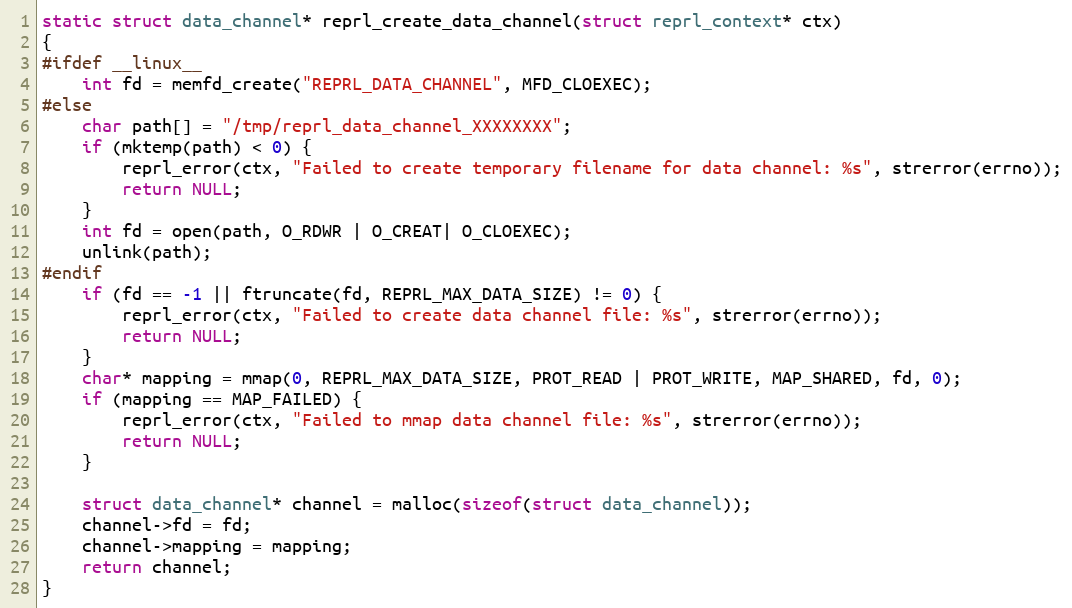
Language: C
static struct data_channel* reprl_create_data_channel(struct reprl_context* ctx)
{
#ifdef __linux__
    int fd = memfd_create("REPRL_DATA_CHANNEL", MFD_CLOEXEC);
#else
    char path[] = "/tmp/reprl_data_channel_XXXXXXXX";
    if (mktemp(path) < 0) {
        reprl_error(ctx, "Failed to create temporary filename for data channel: %s", strerror(errno));
        return NULL;
    }
    int fd = open(path, O_RDWR | O_CREAT| O_CLOEXEC);
    unlink(path);
#endif
    if (fd == -1 || ftruncate(fd, REPRL_MAX_DATA_SIZE) != 0) {
        reprl_error(ctx, "Failed to create data channel file: %s", strerror(errno));
        return NULL;
    }
    char* mapping = mmap(0, REPRL_MAX_DATA_SIZE, PROT_READ | PROT_WRITE, MAP_SHARED, fd, 0);
    if (mapping == MAP_FAILED) {
        reprl_error(ctx, "Failed to mmap data channel file: %s", strerror(errno));
        return NULL;
    }

    struct data_channel* channel = malloc(sizeof(struct data_channel));
    channel->fd = fd;
    channel->mapping = mapping;
    return channel;
}